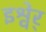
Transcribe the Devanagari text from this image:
इश्वेर्